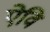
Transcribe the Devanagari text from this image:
ऐवि